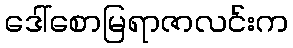
ဒေါ်စောမြရာဇာလင်းက